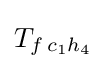
T_{f\,c_{1}h_{4}}